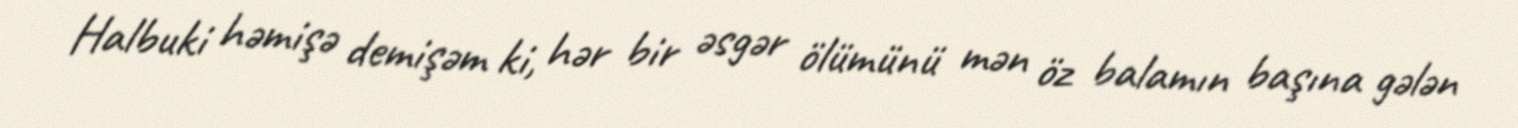
Halbuki həmişə demişəm ki, hər bir əsgər ölümünü mən öz balamın başına gələn